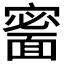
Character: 𩈰